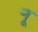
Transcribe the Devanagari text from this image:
र्‍ाू